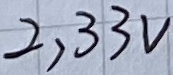
Text: 2,33V